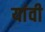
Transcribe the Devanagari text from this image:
यांवी